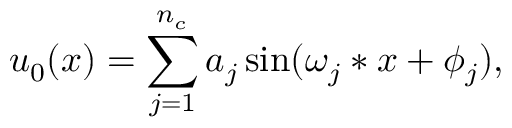
u _ { 0 } ( x ) = \sum _ { j = 1 } ^ { n _ { c } } a _ { j } \sin ( \omega _ { j } * x + \phi _ { j } ) ,